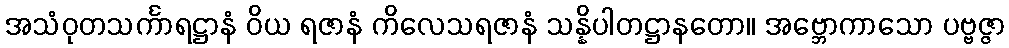
အသံဝုတသင်္ကာရဋ္ဌာနံ ဝိယ ရဇာနံ ကိလေသရဇာနံ သန္နိပါတဋ္ဌာနတော။ အဗ္ဘောကာသော ပဗ္ဗဇ္ဇာ